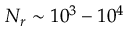
N _ { r } \sim 1 0 ^ { 3 } - 1 0 ^ { 4 }